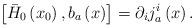
LaTeX: \begin{align*}\left[ \bar{H}_{0}\left( x_{0}\right) ,b_{a}\left( x\right) \right]=\partial _{i}j_{a}^{i}\left( x\right) . \end{align*}